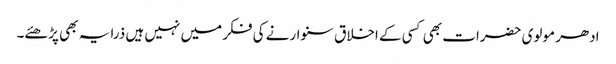
ادھر مولوی حضرات بھی کسی کے اخلاق سنوارنے کی فکر میں نہیں ہیں ذرا یہ بھی پڑھئے۔